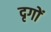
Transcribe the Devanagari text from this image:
दृगों